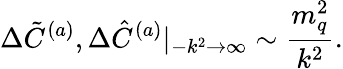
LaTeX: \Delta\tilde{C}^{(a)},\Delta\hat{C}^{(a)}|\mathstrut_{-k^{2}\rightarrow\infty}\sim\frac{m_{q}^{2}}{k^{2}}.